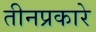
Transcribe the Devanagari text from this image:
तीनप्रकारे